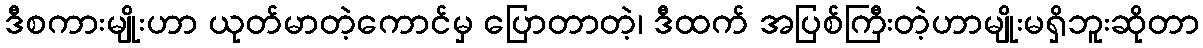
ဒီစကားမျိုးဟာ ယုတ်မာတဲ့ကောင်မှ ပြောတာတဲ့၊ ဒီထက် အပြစ်ကြီးတဲ့ဟာမျိုးမရှိဘူးဆိုတာ